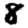
Digit: 8